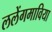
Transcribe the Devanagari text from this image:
ललेंगमाविया